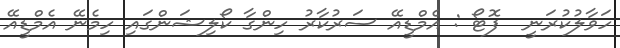
ހަވާލުކުރަނީ  ފޮޓޯ : އެމްޑީއޭ ސަރުކާރު ހިންގާ ކޯލިޝަންގައި ހިމެނޭ އެމްޑީއޭ